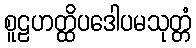
စူဠဟတ္ထိပဒေါပမသုတ္တံ